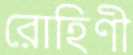
রোহিণী